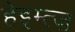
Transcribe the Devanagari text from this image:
हेइम्त्ज़